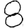
Digit: 8